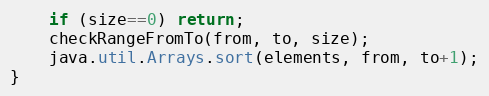
Language: Java
	if (size==0) return;
	checkRangeFromTo(from, to, size);
	java.util.Arrays.sort(elements, from, to+1);
}